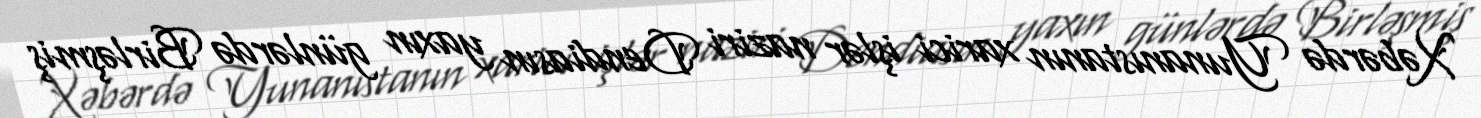
Xəbərdə Yunanıstanın xarici işlər naziri Dendiasın yaxın günlərdə Birləşmiş